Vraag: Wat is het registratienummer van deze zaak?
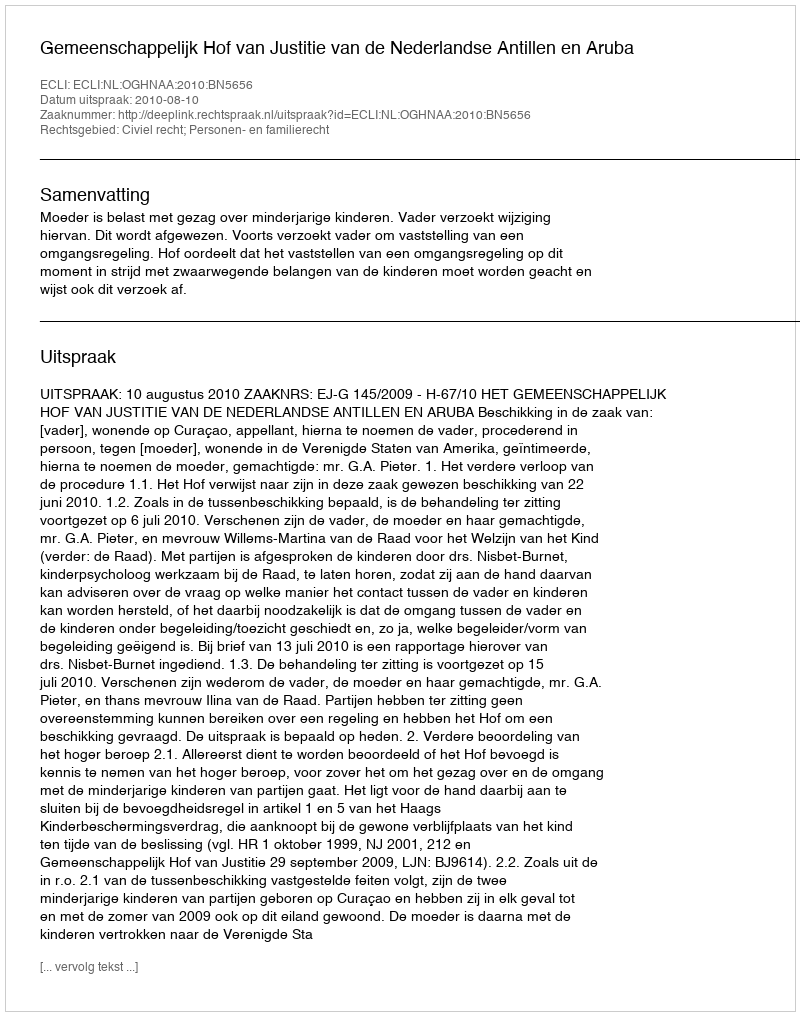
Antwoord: http://deeplink.rechtspraak.nl/uitspraak?id=ECLI:NL:OGHNAA:2010:BN5656